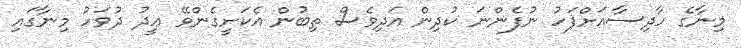
މިނާގެ ހާދިސާއަށްފަހު ނުފެންނަ ކުދިން އަދިވެސް ތިބުން އެކަށީގެންވޭ ޢީދު ދުވަހު މިނާގައި